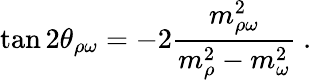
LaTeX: \tan 2\theta_{\rho\omega}=-2\frac{m_{\rho\omega}^{2}}{m_{\rho}^{2}-m_{\omega}^{2}}~.